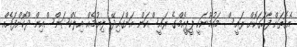
އެގޮތަށް ފާހަގަކޮށް ރައީސް މައުމޫނަކީ ޕީޕީއެމްގެ ރައީސްކަން އަންގައިދޭ ލިޔުމެއް އިލެކްޝަންސްއިން ދޫކޮށްފައެއް